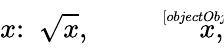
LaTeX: x{\mathrm{:~}}{\sqrt{x}},\ {\sqrt[[objectObject]]{x}},